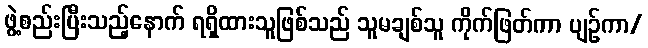
ဖွဲ့စည်းပြီးသည့်နောက် ရရှိထားသူဖြစ်သည် သူမချစ်သူ ကိုက်ဖြတ်ကာ ပျဉ်ကာ/